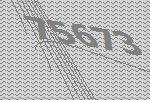
75673